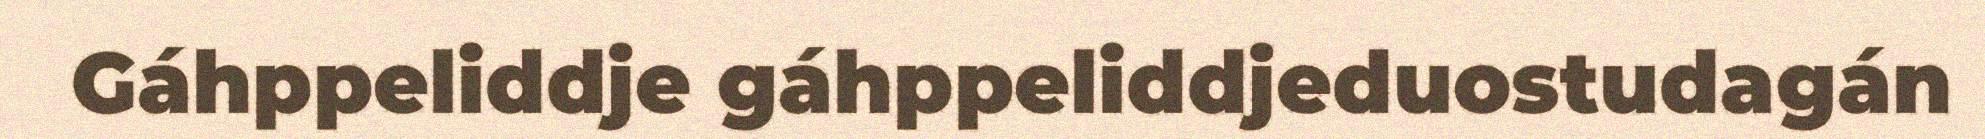
Gáhppeliddje gáhppeliddjeduostudagán